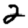
Digit: 2